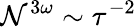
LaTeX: \mathcal{N}^{3\omega}\sim\tau^{-2}